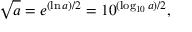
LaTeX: { \sqrt { a } } = e ^ { ( \ln a ) / 2 } = 1 0 ^ { ( \log _ { 1 0 } a ) / 2 } ,